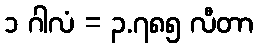
၁ ဂါလံ = ၃.၇၈၅ လီတာ